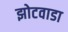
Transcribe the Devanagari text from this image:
झोटवाडा